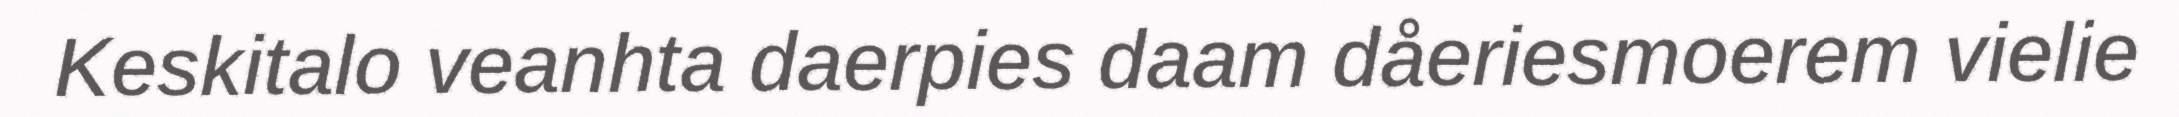
Keskitalo veanhta daerpies daam dåeriesmoerem vielie